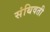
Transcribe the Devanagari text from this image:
संथिवती